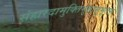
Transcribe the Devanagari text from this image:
संहारदामुक्तिमुतासुभूतम्